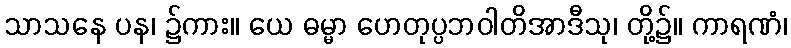
သာသနေ ပန၊ ၌ကား။ ယေ ဓမ္မာ ဟေတုပ္ပဘဝါတိအာဒီသု၊ တို့၌။ ကာရဏံ၊